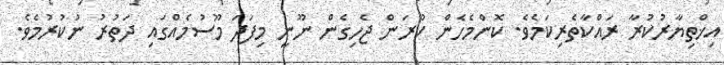
އިޚްތިޔާރުކުރާ ރައްކާތެރިކަމެވެ. ކޮންމެހެން ކުރަން ޖެހިގެން ނޫނީ މިފަދަ މޫސުމެއްގައި ދަތުރު ނުކުރުމެވެ.